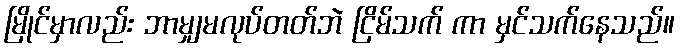
မြိုင်မှာလည်း ဘာမျှမလုပ်တတ်ဘဲ ငြိမ်သက် ကာ မှင်သက်နေသည်။